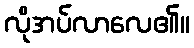
လိုအပ်လာလေ၏။